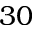
3 0